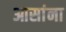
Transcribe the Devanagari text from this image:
आसांना